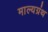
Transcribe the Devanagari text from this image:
माल्यग्रंथ